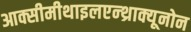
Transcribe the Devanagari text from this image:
आक्सीमीथाइलएन्थ्राक्यूनोन